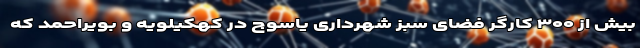
بیش از ۳۰۰ کارگر فضای سبز شهرداری یاسوج در کهکیلویه و بویراحمد که